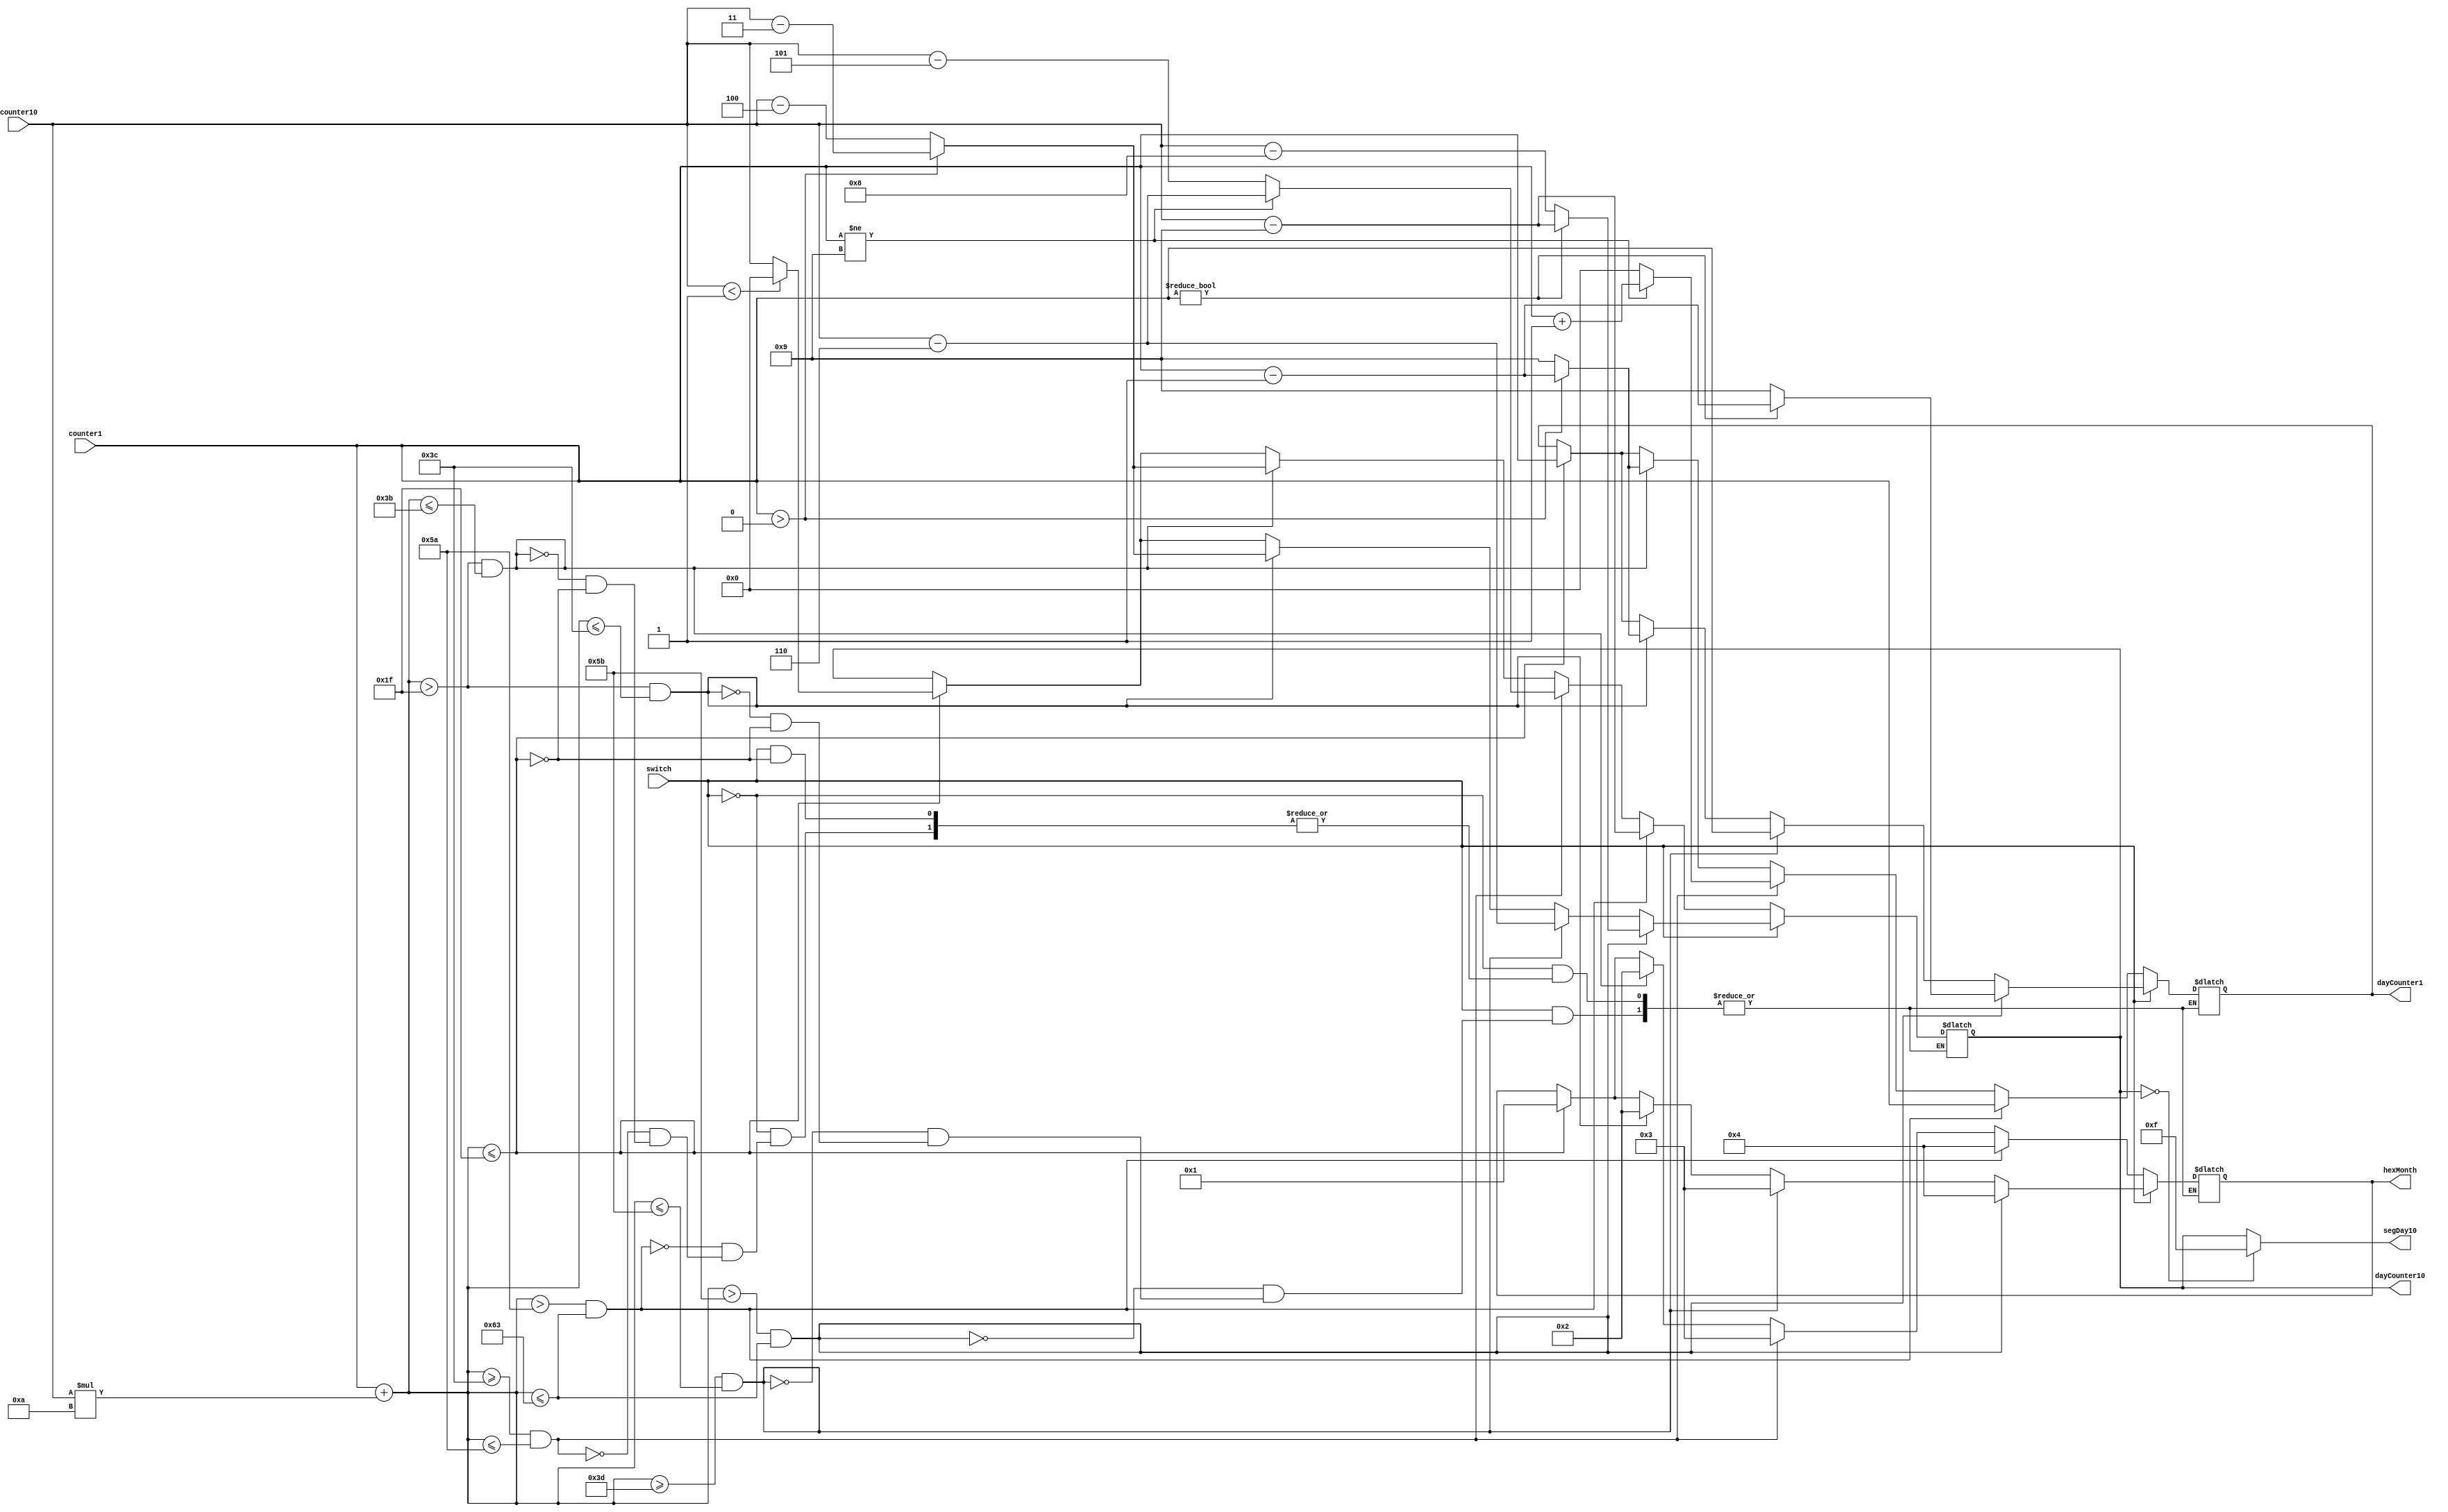
module calendar (switch, counter10, counter1, hexMonth, dayCounter10, segDay10, dayCounter1);

input switch;
input [3:0] counter10;
input [3:0] counter1;

output reg [3:0] hexMonth;
output reg [3:0] dayCounter10;
output reg [3:0] segDay10;
output reg [3:0] dayCounter1;

reg[6:0] binary_c;

always @(counter1 or counter10)
begin
    binary_c = counter1 + counter10*10;
    // January code (independant of leap year)
    if (binary_c <= 31)
    begin
        dayCounter1 <= counter1;
        hexMonth <= 1;
        if (counter10 < 1)
        begin
            dayCounter10 <= 0;
            segDay10 <= 4'b1111;
        end
        else
        begin
            dayCounter10 <= counter10;
            segDay10 <= counter10;
        end
    end
    // Leap year code:
    if (switch)
    begin
    // February:
        if (binary_c > 31 & binary_c <= 60)
        begin
          hexMonth <= 2;
          if (counter1 > 0)
          begin
              dayCounter1 <= counter1 - 1;
              dayCounter10 <= counter10 - 3;
          end
          else
          begin
              dayCounter1 <= 9;
              dayCounter10 <= counter10 - 4;
          end
        end
        // April
        if(binary_c >= 61 & binary_c <= 91)
        begin
          hexMonth <= 3;
          dayCounter1 <= counter1;
          dayCounter10 <= counter10 - 6;
        end
        // March
        if(binary_c > 91 & binary_c <= 99)
        begin
          hexMonth <= 4;
          dayCounter10 <= 0;
          if(counter1 != 0)
          begin
            dayCounter1 <= counter1-1;
            dayCounter10 <= counter10 - 9;
          end
          else
          begin
            dayCounter1 <= 9;
            dayCounter10 <= counter10 - 8;
          end
        end
    end
    // Non-leap year code:
    else if(~switch)
    begin
    // February
      if (binary_c > 31 & binary_c <= 59)
      begin
          hexMonth <= 2;
          if (counter1 > 0)
          begin
              dayCounter1 <= counter1 - 1;
              dayCounter10 <= counter10 - 3;
          end
          else
          begin
              dayCounter1 <= 9;
              dayCounter10 <= counter10 - 4;
          end
      end
      // April
      if(binary_c >= 60 & binary_c <= 90)
      begin
        hexMonth <= 3;
        if(counter1 != 9)
        begin
          dayCounter1 <= counter1+1;
          dayCounter10 <= counter10 - 6;
        end
        else
        begin
          dayCounter1 <= 0;
          dayCounter10 <= counter10 -5;
        end
      end
      // March:
      if(binary_c > 90 & binary_c <= 99)
      begin
        hexMonth <= 4;
        dayCounter10 <= counter10-9;
        dayCounter1 <= counter1;
      end
    end
    // Blank the display if the 10's place is zero
    if (dayCounter10 == 0)
    begin
        segDay10 <= 4'b1111;
    end
    else
    begin
        segDay10 <= dayCounter10;
    end
end

endmodule